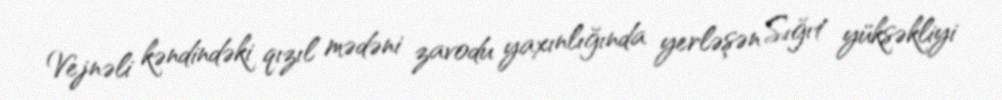
Vejnəli kəndindəki qızıl mədəni zavodu yaxınlığında yerləşən Sığıt yüksəkliyi